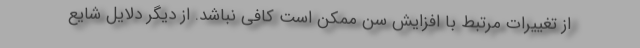
از تغییرات مرتبط با افزایش سن ممکن است کافی نباشد. از دیگر دلایل شایع